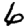
Digit: 6